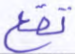
تقع